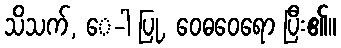
သိသက်, ေ-ါ ပြု, ဝေဓဝေရော ပြီး၏။